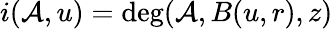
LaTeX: i(\mathcal{A},u)=\deg(\mathcal{A},B(u,r),z)